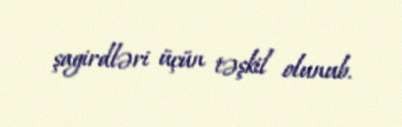
şagirdləri üçün təşkil olunub.